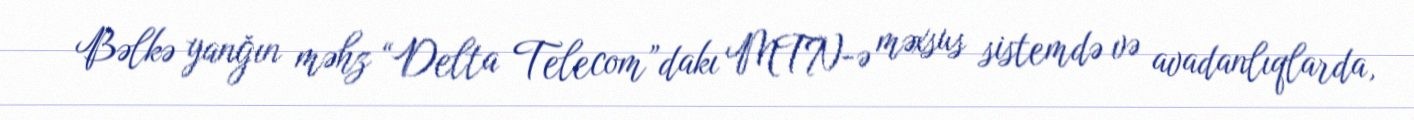
Bəlkə yanğın məhz “Delta Telecom”dakı MTN-ə məxsus sistemdə və avadanlıqlarda,